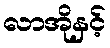
လာအိုနှင့်